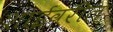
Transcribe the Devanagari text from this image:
शाईवरील